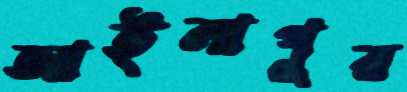
আইলাপুর